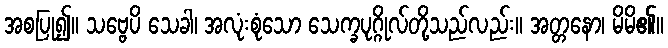
အစပြု၍။ သဗ္ဗေပိ သေခါ၊ အလုံးစုံသော သေက္ခပုဂ္ဂိုလ်တို့သည်လည်း။ အတ္တနော၊ မိမိ၏။